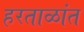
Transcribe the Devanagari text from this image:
हरताळांत